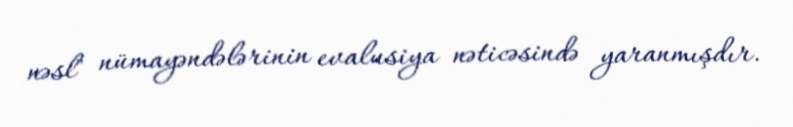
nəsl" nümayəndələrinin evalusiya nəticəsində yaranmışdır.